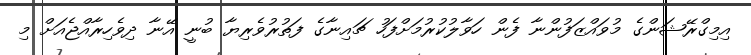
އިމިގްރޭޝަންގެ މުވައްޒަފުންނާ ފެން ހަވާލުކުރުމަށްފަހު ޗައިނާގެ ފަތުރުވެރިޔާ ބުނީ އޭނާ ދިވެހިރާއްޖެއަށް މި